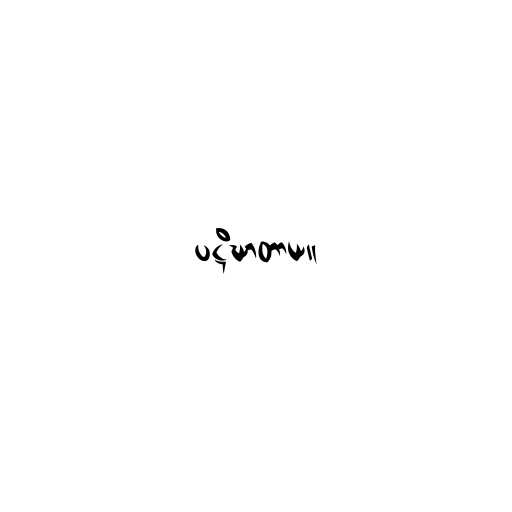
ပဋိဃာတာယ။